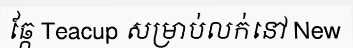
ឆ្កែ Teacup សម្រាប់លក់នៅ New